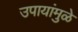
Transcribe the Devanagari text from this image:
उपायांमुळे